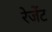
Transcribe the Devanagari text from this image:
रेजेंट